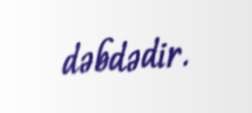
dəbdədir.